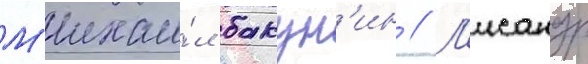
М'ихаи́л бакун'ин // Л'исандр